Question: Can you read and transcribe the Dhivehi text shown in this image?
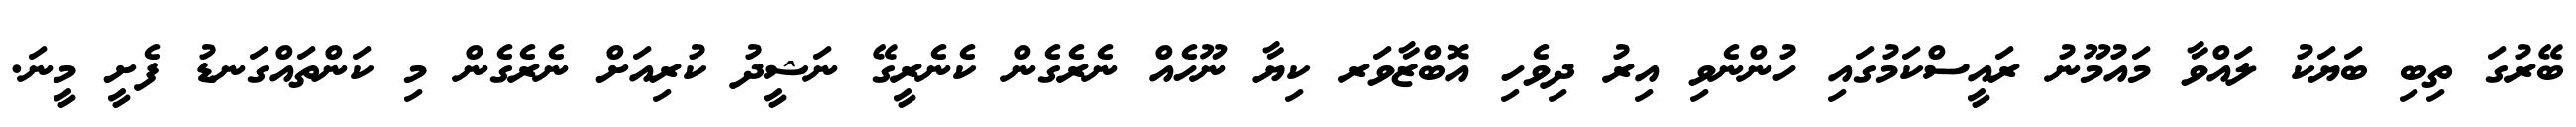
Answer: ބޭރުގަ ތިބި ބަޔަކު ލައްވާ މައުމޫނު ރައީސްކަމުގައި ހުންނެވި އިރު ދިވެހި އޮބްޒާވަރ ކިޔާ ނޫހެއް ނެރެގެން ކެނެރީގޭ ނަޝީދު ކުރިއަށް ނެރެގެން މި ކަންތައްގަނޑު ފެށީ މީނަ.